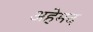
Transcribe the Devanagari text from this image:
अहेमद